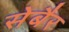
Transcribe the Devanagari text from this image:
सेबैर